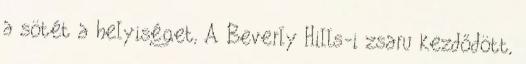
a sötét a helyiséget, A Beverly Hills-i zsaru kezdődött,